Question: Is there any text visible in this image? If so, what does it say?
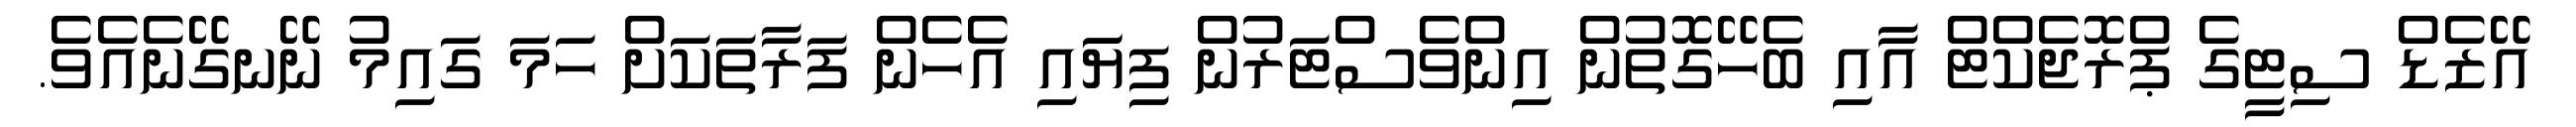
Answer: އޭޒެޑް ސިޓީގެ ޕްރޮޖެކްޓް އާއި ބެހޭގޮތުން އިންވެސްޓަރުން ފިޔަައި އެހެން ފަރާތަކަށް ހަމަ ގައިމު ނޭނގޭނެއެވެ.